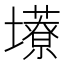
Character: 𫮹